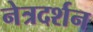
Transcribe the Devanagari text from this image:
नेत्रदर्शन